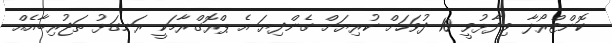
ކޮންޓްރޯލާ ވިދާޅުވީ 10 ދުވަހަށް ކުރިޔަށް ގެންދިޔަ އެ ޕްރޮގްރާމަކީ ރަނގަޅު ތަޖުރިބާއެއް